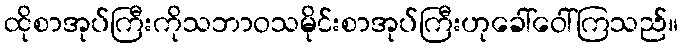
ထိုစာအုပ်ကြီးကိုသဘာဝသမိုင်းစာအုပ်ကြီးဟုခေါ်ဝေါ်ကြသည်။